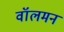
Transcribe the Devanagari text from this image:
वॉलमन